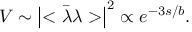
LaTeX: V \sim \left| < \bar { \lambda } \lambda > \right| ^ { 2 } \propto e ^ { - 3 s / b } .